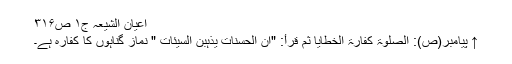
اعیان الشیعہ ج۱ ص۳۱۶
↑ پیامبر(ص): الصلوۃ کفارۃ الخطایا ثم قرأ: "ان الحسنات یذہبن السیئات " نماز گناہوں کا کفارہ ہے۔